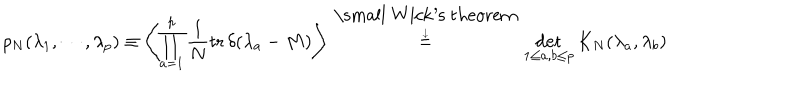
\rho _ { N } ( \lambda _ { 1 } , \cdots , \lambda _ { p } ) \equiv \left\langle \prod _ { a = 1 } ^ { p } \frac { 1 } { N } \mathrm { t r } \, \delta ( \lambda _ { a } - M ) \right\rangle \stackrel { \mathrm { \small ~ W i c k ^ { \prime } s ~ t h e o r e m } \atop { \downarrow } } { = } \det _ { 1 \leq a , b \leq p } K _ { N } ( \lambda _ { a } , \lambda _ { b } )